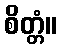
စိတ္တံ။